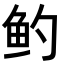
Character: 𬶄